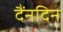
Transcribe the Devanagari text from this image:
दैंनदिन